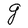
Character: g